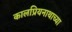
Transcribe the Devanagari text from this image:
कालप्रियनाथाच्या